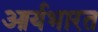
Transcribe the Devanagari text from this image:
आर्यभारत